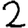
Digit: 2